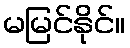
မမြင်နိုင်။